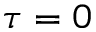
\tau = 0